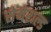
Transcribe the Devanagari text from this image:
सेमेराल्ड